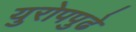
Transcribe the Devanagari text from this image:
युरोपपुढे